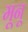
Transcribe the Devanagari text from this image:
मूनू